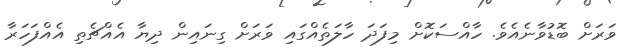
ވަރަށް ބޮޑުވާނެއެވެ. ހާއްސަކޮށް މިފަދަ ހާލަތެއްގައި ވަރަށް ގިނައިން ދިޔާ އެއްޗެތި އެއްފަހަރާ